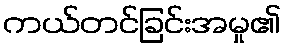
ကယ်တင်ခြင်းအမှု၏